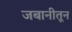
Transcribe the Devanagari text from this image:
जबानीतून